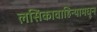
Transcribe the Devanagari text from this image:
लसिकावाहिन्यामधून